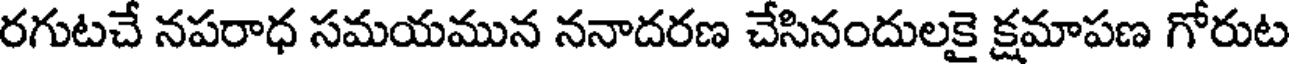
రగుటచే నపరాధ సమయమున ననాదరణ చేసినందులకై క్షమాపణ గోరుట